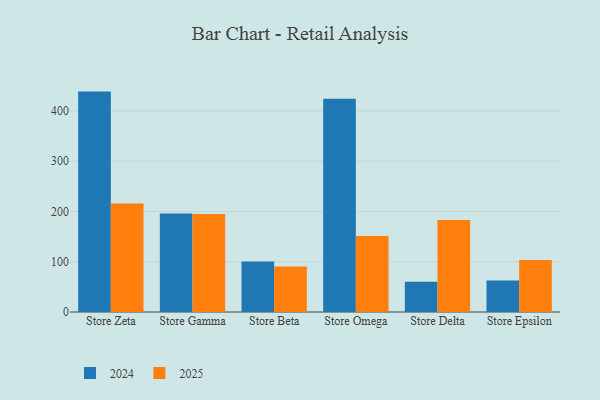
{"axis": {"x": "Store", "y": "Energy Usage (MWh)"}, "legend": ["2024", "2025"], "data": [{"x": "Store Zeta", "y": 438.4, "type": "2024"}, {"x": "Store Zeta", "y": 215.6, "type": "2025"}, {"x": "Store Gamma", "y": 195.9, "type": "2024"}, {"x": "Store Gamma", "y": 194.7, "type": "2025"}, {"x": "Store Beta", "y": 100.5, "type": "2024"}, {"x": "Store Beta", "y": 90.6, "type": "2025"}, {"x": "Store Omega", "y": 424.2, "type": "2024"}, {"x": "Store Omega", "y": 151.0, "type": "2025"}, {"x": "Store Delta", "y": 60.4, "type": "2024"}, {"x": "Store Delta", "y": 182.9, "type": "2025"}, {"x": "Store Epsilon", "y": 62.8, "type": "2024"}, {"x": "Store Epsilon", "y": 103.2, "type": "2025"}]}